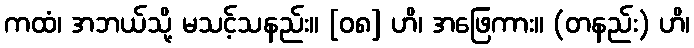
ကထံ၊ အဘယ်သို့ မသင့်သနည်း။ [၀၈] ဟိ၊ အဖြေကား။ (တနည်း) ဟိ၊